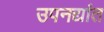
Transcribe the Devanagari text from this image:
उपनद्यांत